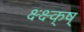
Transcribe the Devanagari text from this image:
क्ष्क्ष्क्ष्